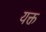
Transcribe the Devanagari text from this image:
यक्त